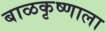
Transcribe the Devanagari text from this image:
बाळकृष्णाला